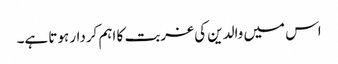
اس میں والدین کی غربت کا اہم کردار ہوتا ہے۔